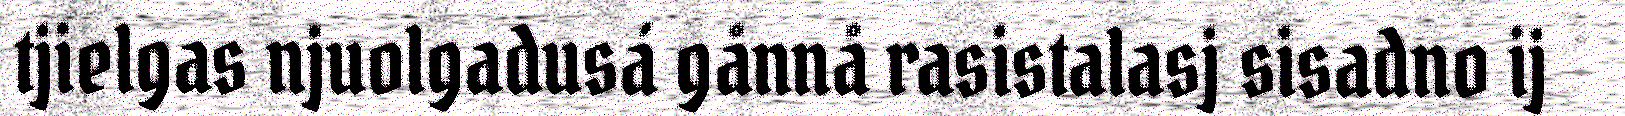
tjielgas njuolgadusá gånnå rasistalasj sisadno ij